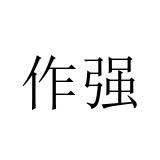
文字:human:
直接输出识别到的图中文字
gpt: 作强